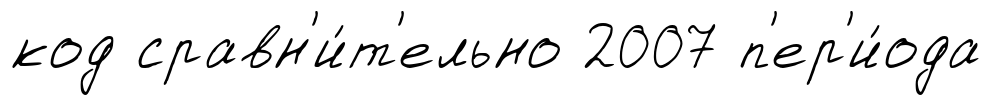
код сравн'и́т'ельно 2007 п'ер'и́ода